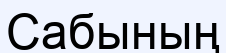
Сабының